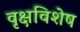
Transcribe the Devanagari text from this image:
वृक्षविशेष